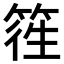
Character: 𥯁